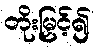
တိုးမြှင့်၍